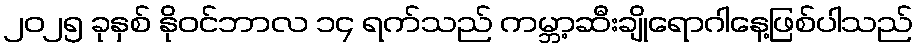
၂၀၂၅ ခုနှစ် နိုဝင်ဘာလ ၁၄ ရက်သည် ကမ္ဘာ့ဆီးချိုရောဂါနေ့ဖြစ်ပါသည်